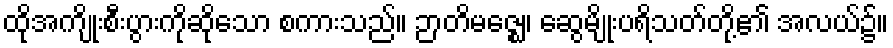
ထိုအကျိုးစီးပွားကိုဆိုသော စကားသည်။ ဉာတိမဇ္ဈေ၊ ဆွေမျိုးပရိသတ်တို့၏ အလယ်၌။